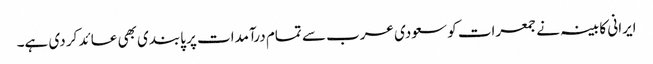
ایرانی کابینہ نے جمعرات کو سعودی عرب سے تمام درآمدات پر پابندی بھی عائد کر دی ہے۔